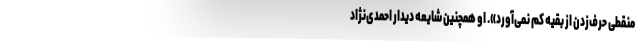
منقطی حرف‌زدن از بقیه کم‌ نمی‌آورد». او همچنین شایعه دیدار احمدی‌نژاد